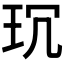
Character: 𤤌